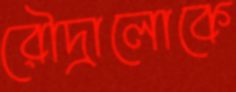
রৌদ্রালোকে